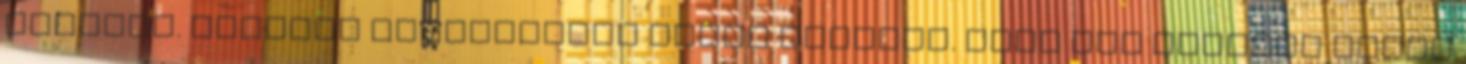
nevelte. Könnyen megtudhatta volna nevüket. Csak föl kellett volna